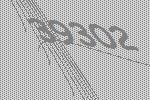
39302